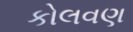
કોલવણ